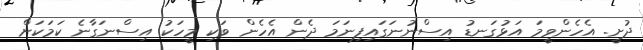
ދުށީ. އެހެންވީމަ އަޅުގަނޑު އިސްނުނަގައިފިނަމަ ދެން އެހެން ވަކި މީހަކު އިސްނަގާނެ ކަމަކަށް